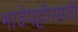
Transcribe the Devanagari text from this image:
भाडेपट्टीसाठी